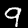
Label: 9